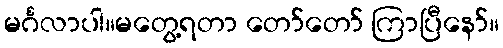
မင်္ဂလာပါ။မတွေ့ရတာ တော်တော် ကြာပြီနော်။